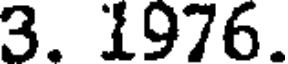
3. 1976.